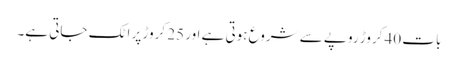
بات 40 کروڑ روپے سے شروع ہوتی ہے اور 25 کروڑ پر اٹک جاتی ہے۔